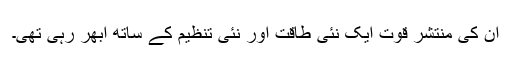
اُن کی منتشر قوت ایک نئی طاقت اور نئی تنظیم کے ساتھ اُبھر رہی تھی۔